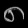
Digit: ၈